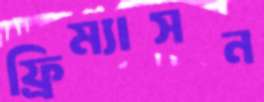
ফ্রিম্যাসন